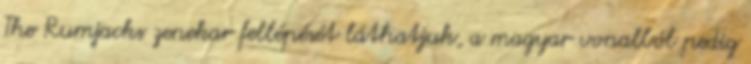
The Rumjacks zenekar fellépését láthatjuk, a magyar vonalból pedig